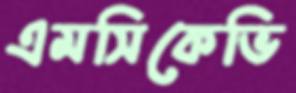
এমসিকেভি